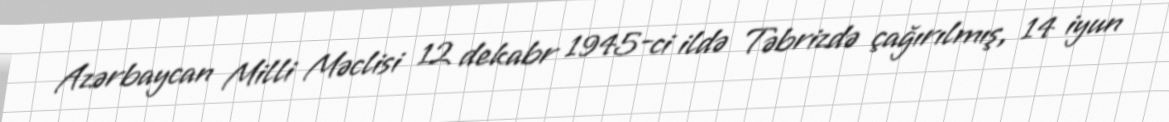
Azərbaycan Milli Məclisi 12 dekabr 1945-ci ildə Təbrizdə çağırılmış, 14 iyun